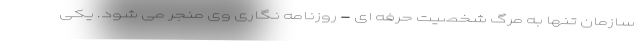
سازمان تنها به مرگ شخصیت حرفه ای - روزنامه نگاری وی منجر می شود. یکی